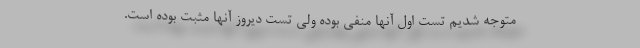
متوجه شدیم تست اول آنها منفی بوده ولی تست دیروز آنها مثبت بوده است.